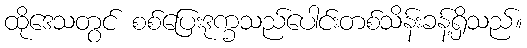
ထိုဒေသတွင် စစ်ပြေးဒုက္ခသည်ပေါင်းတစ်သိန်းခန့်ရှိသည်။